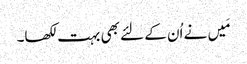
مَیں نے اُن کے لئے بھی بہت لکھا۔